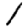
Digit: 1